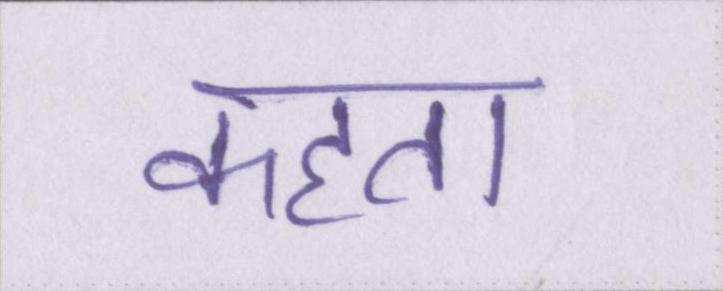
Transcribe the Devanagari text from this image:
कहता